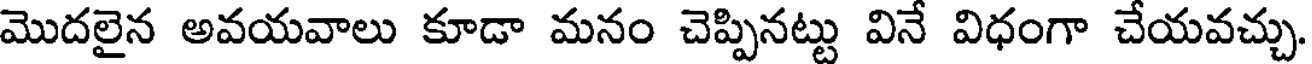
మొదలైన అవయవాలు కూడా మనం చెప్పినట్టు వినే విధంగా చేయవచ్చు